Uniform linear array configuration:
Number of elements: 4
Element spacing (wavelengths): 0.5
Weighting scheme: hamming
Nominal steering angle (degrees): -45
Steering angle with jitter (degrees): -46.752
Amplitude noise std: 0.05
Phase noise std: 0.05

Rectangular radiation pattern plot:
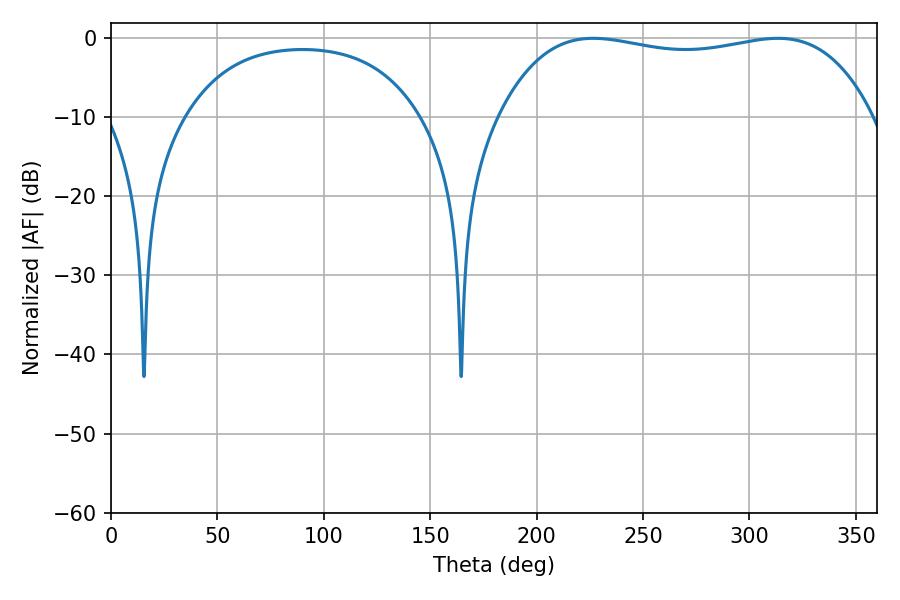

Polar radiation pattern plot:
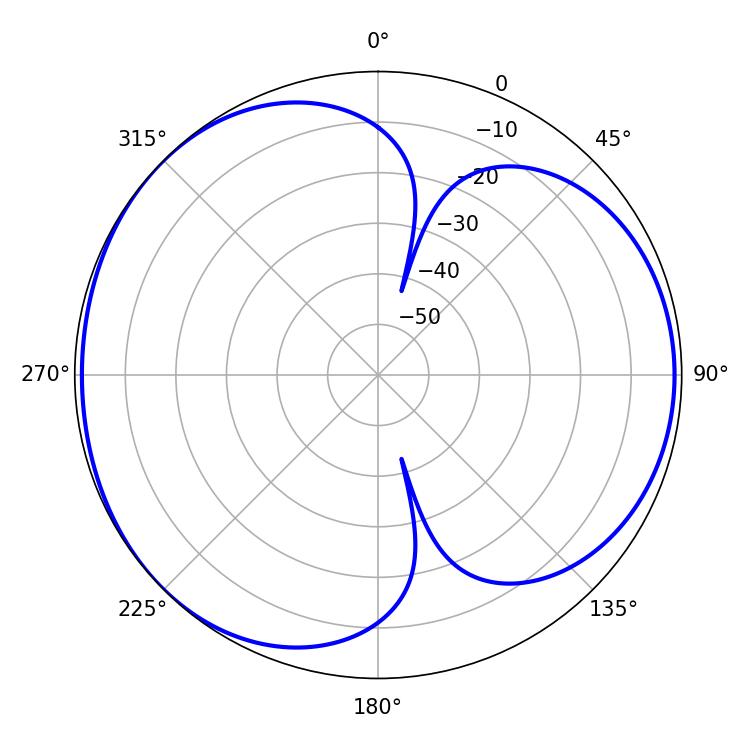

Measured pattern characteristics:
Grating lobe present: FALSE
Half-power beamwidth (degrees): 141.12
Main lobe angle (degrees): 226.62